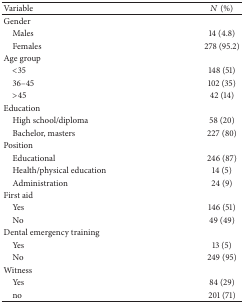
| Variable | N (%) |
 | --- | --- |
 | Gender |  |
 | Males | 14 (4.8) |
 | Females | 278 (95.2) |
 | Age group |  |
 | <35 | 148 (51) |
 | 36–45 | 102 (35) |
 | >45 | 42 (14) |
 | Education |  |
 | High school/diploma | 58 (20) |
 | Bachelor, masters | 227 (80) |
 | Position |  |
 | Educational | 246 (87) |
 | Health/physical education | 14 (5) |
 | Administration | 24 (9) |
 | First aid |  |
 | Yes | 146 (51) |
 | No | 49 (49) |
 | Dental emergency training |  |
 | Yes | 13 (5) |
 | No | 249 (95) |
 | Witness |  |
 | Yes | 84 (29) |
 | no | 201 (71) |